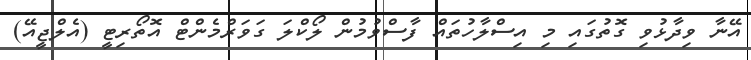
އޭނާ ވިދާޅުވި ގޮތުގައި މި އިސްލާހުތައް ފާސްވުމުން ލޯކްލަ ގަވަރްމެންޓް އޮތޯރިޓީ (އެލްޖީއޭ)